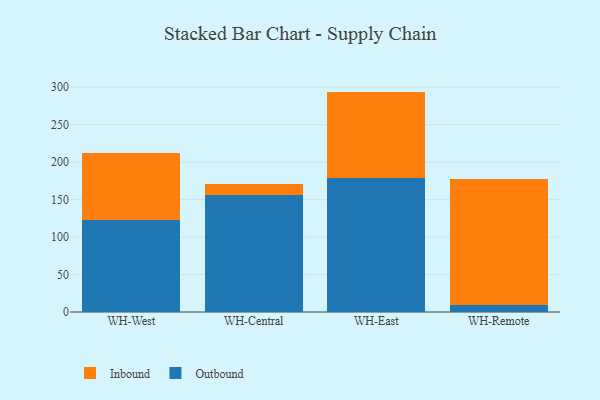
{"axis": {"x": "Warehouse", "y": "Production Output"}, "legend": ["Inbound", "Outbound"], "data": [{"x": "WH-West", "y": 122.9, "type": "Outbound"}, {"x": "WH-West", "y": 89.3, "type": "Inbound"}, {"x": "WH-Central", "y": 156.6, "type": "Outbound"}, {"x": "WH-Central", "y": 13.9, "type": "Inbound"}, {"x": "WH-East", "y": 178.5, "type": "Outbound"}, {"x": "WH-East", "y": 115.7, "type": "Inbound"}, {"x": "WH-Remote", "y": 9.1, "type": "Outbound"}, {"x": "WH-Remote", "y": 168.1, "type": "Inbound"}]}